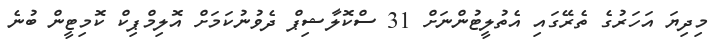
މިދިޔަ އަހަރުގެ ތެރޭގައި އެތުލީޓުންނަށް 31 ސްކޮލާޝިޕް ދެވުނުކަމަށް އޮލިމްޕިކް ކޮމިޓީން ބުނެ